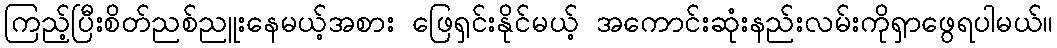
ကြည့်ပြီးစိတ်ညစ်ညူးနေမယ့်အစား ဖြေရှင်းနိုင်မယ့် အကောင်းဆုံးနည်းလမ်းကိုရှာဖွေရပါမယ်။